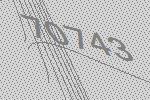
70743